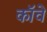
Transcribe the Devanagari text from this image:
कॉवे